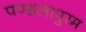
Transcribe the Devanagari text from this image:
पण्डलापुरम